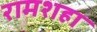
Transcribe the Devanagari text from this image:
रामशहा